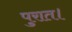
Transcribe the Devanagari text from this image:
पुरात।